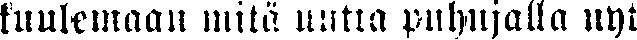
kuulemaan niitä uutta puhujalla nyt